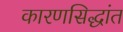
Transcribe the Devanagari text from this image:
कारणसिद्धांत